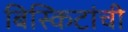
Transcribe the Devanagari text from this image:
बिस्किटांची